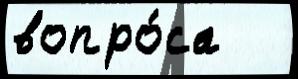
вопро́са